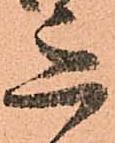
意